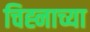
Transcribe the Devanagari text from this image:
चिह्नाच्या